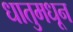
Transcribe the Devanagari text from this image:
धातुमधून